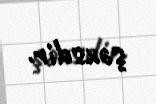
şəxsdir.